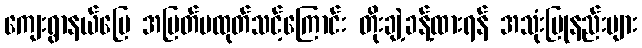
ကျေးရွာနယ်မြေ အမြတ်မထုတ်သင့်ကြောင်း တိုးချဲ့ခန့်ထားရန် အသုံးပြုနည်းများ